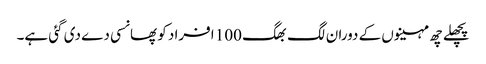
پچھلے چھ مہینوں کے دوران لگ بھگ 100 افراد کو پھانسی دے دی گئی ہے۔